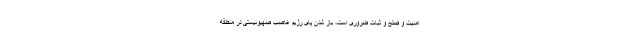
امنیت و صلح و ثبات ضروری است، باز شدن پای رژیم غاصب صهیونیستی در منطقه